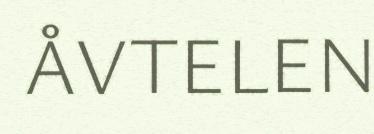
ÅVTELEN